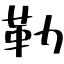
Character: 勒